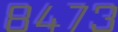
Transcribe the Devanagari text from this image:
८४७३